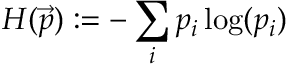
H ( \vec { p } ) : = - \sum _ { i } p _ { i } \log ( p _ { i } )